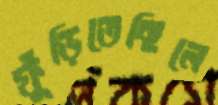
ফুঁড়িতেছিলে